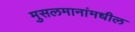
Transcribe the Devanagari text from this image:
मुसलमानांमधील